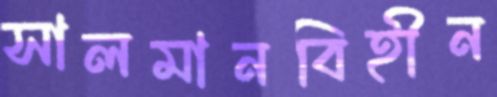
সালমানবিহীন